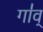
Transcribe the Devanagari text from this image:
गा॑व्